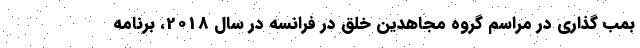
بمب گذاری در مراسم گروه مجاهدین خلق در فرانسه در سال 2018، برنامه